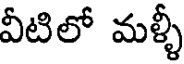
వీటిలో మళ్ళీ